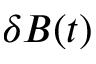
\delta B ( t )